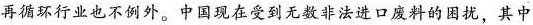
再循环行业也不例外。中国现在受到无数非法进口废料的因扰，其中